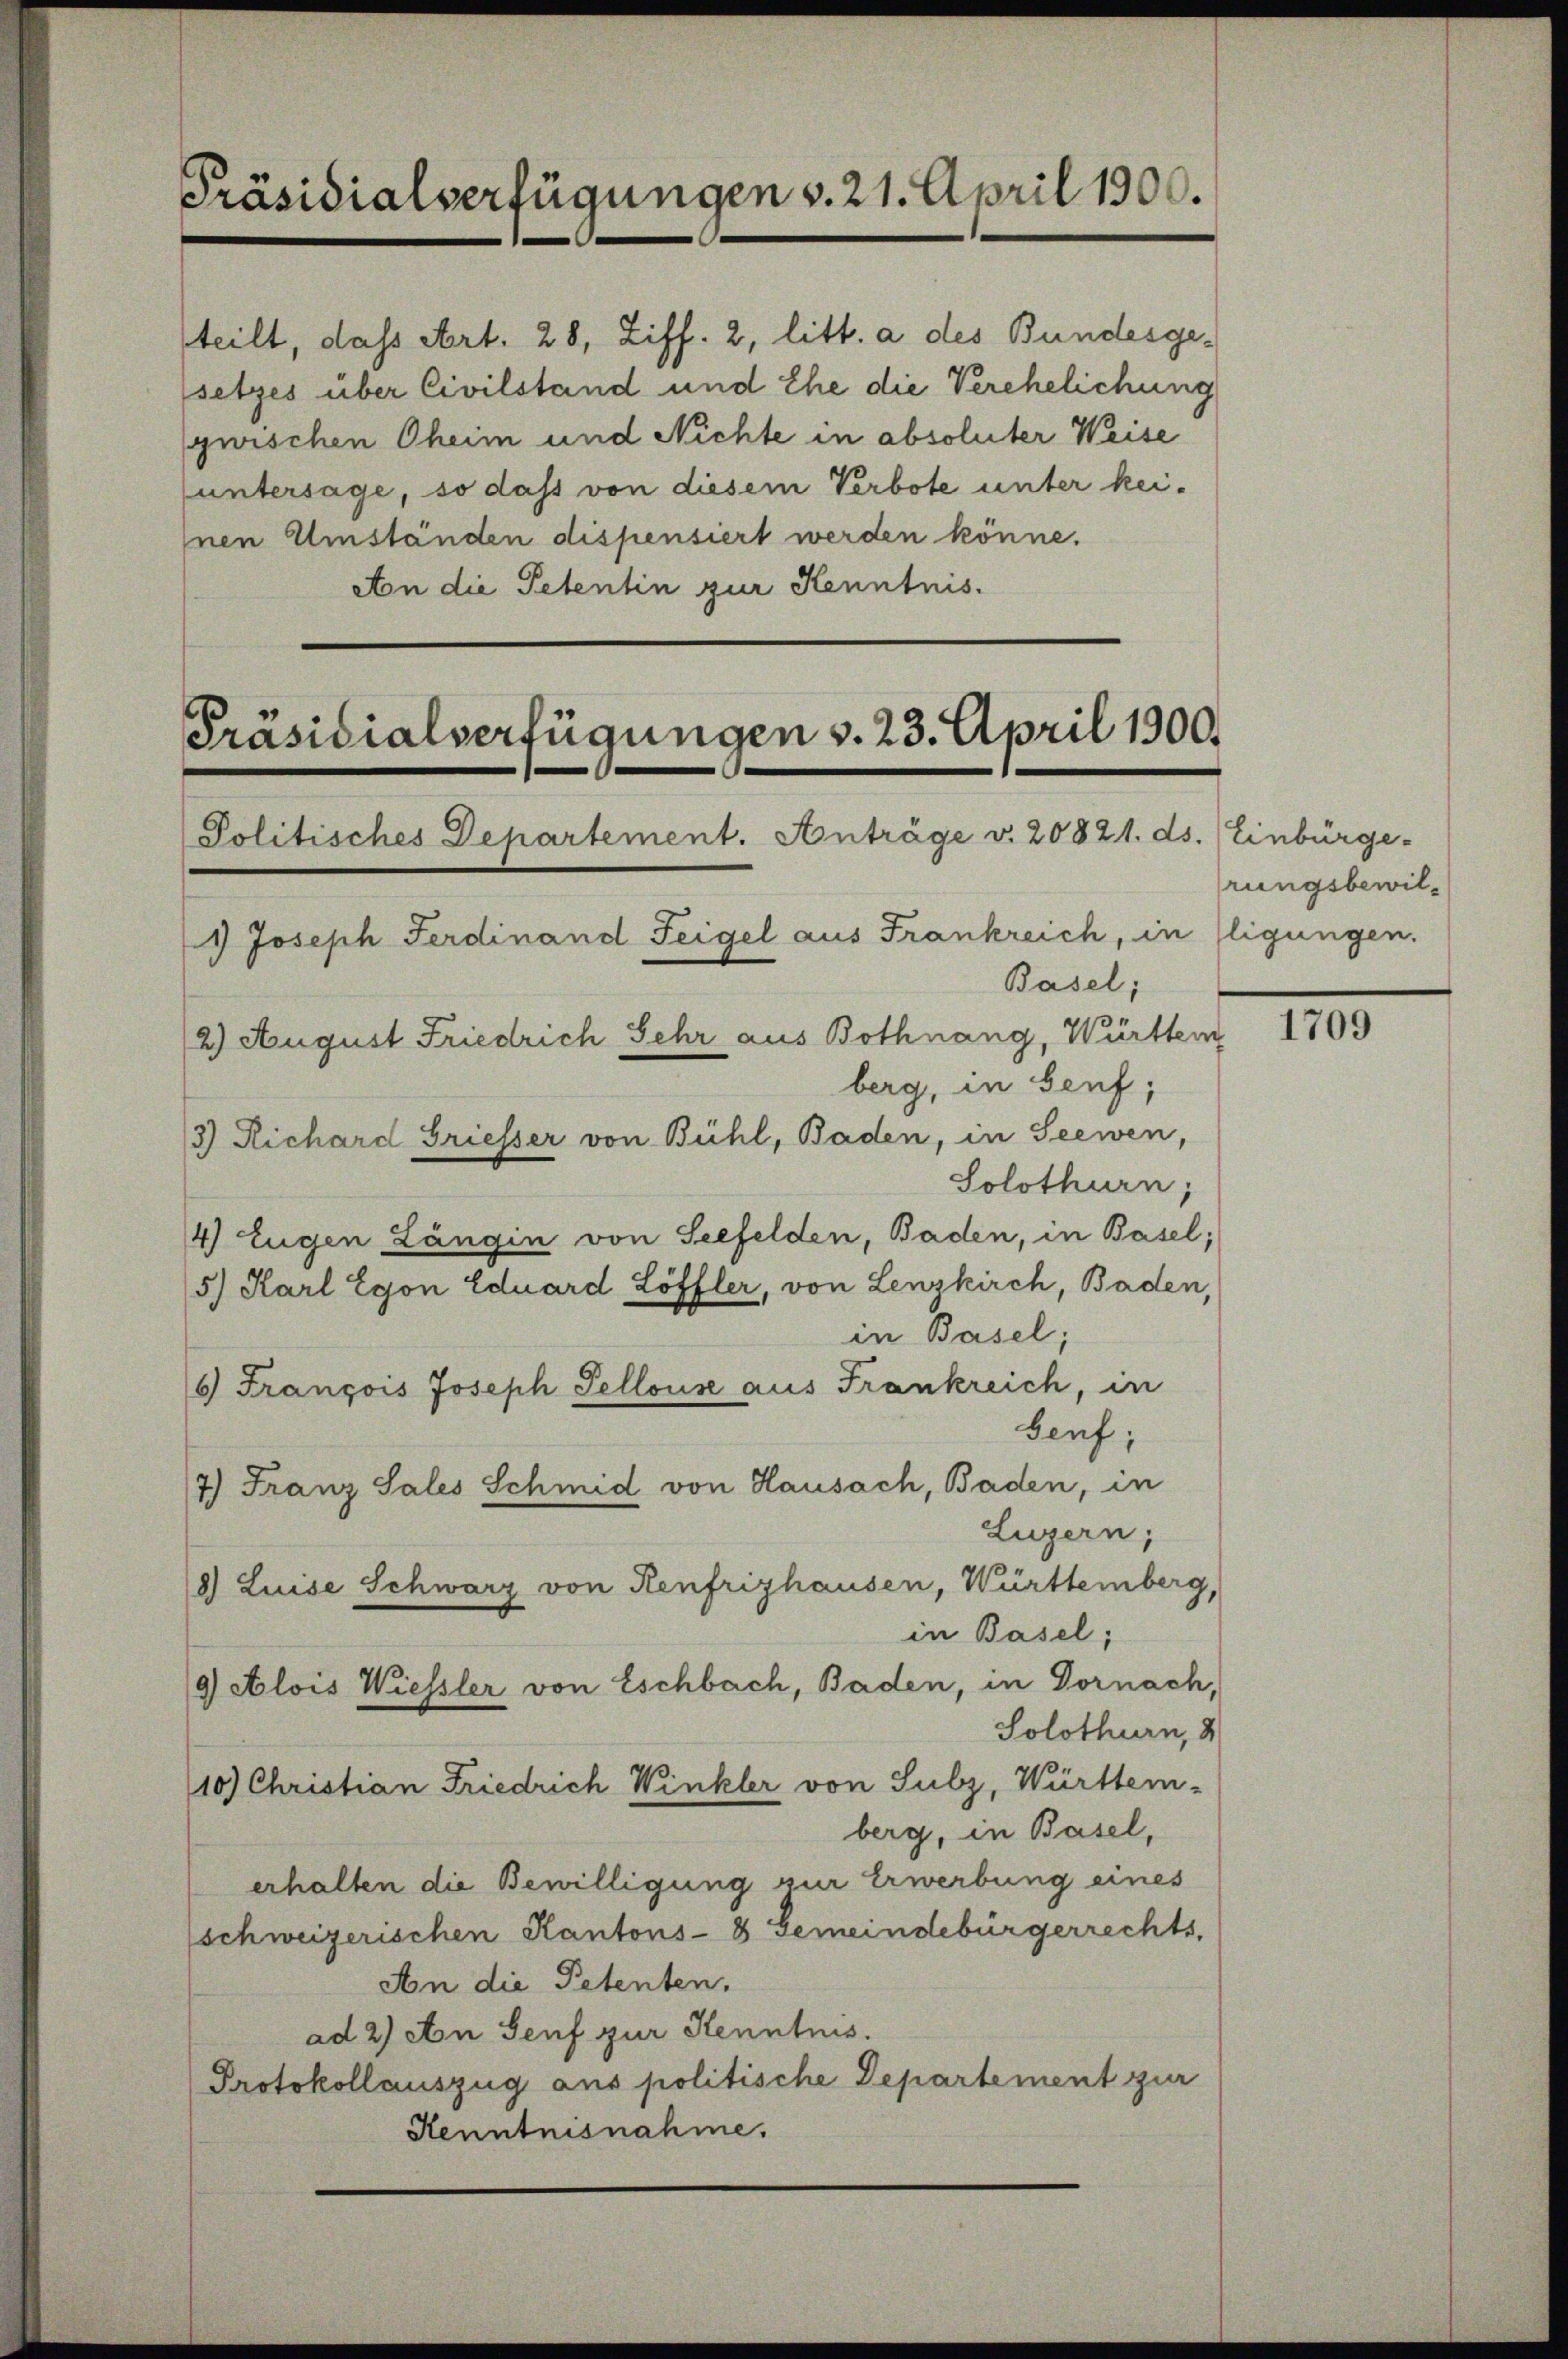
Präsidialverfügungen v. 21. April 1900.

teilt, dass Art. 28, Ziff. 2, litt. a des Bundesgesetzes über Civilstand und Ehe die Verehelichung
gwischen Oheim und Nichte in absoluter Weise
untersage, so dass von diesem Verbote unter keinen Umständen dispensiert werden könne.
Aon die Petentin zur Kenntnis.

Präsidialverfügungen v. 23. April 1900.
Politisches Departement. Anträge v. 20821. ds. Einbürge-
1 Joseph Ferdinand Feigel aus Frankreich, in Eligungen.
Basel;

2) August Friedrich Sehr aus Bothnang, Württem

berg, in Senf,
3) Richard Griesser von Bühl, Baden, in Seewen,
Solothurn,
4) Eugen Längin von Seefelden, Baden, in Basel;
5.) Karl Egon Eduard Löffler, von Lenzkirch, Baden,
in Basel;
6) François Joseph Sellouse aus Frankreich, in
Senf;
7) Franz Sales Schmid von Hausach, Baden, in
Luzern,
8) Luise Schwarz von Kenfrizhausen, Württemberg,
in Basel;
9) Alois Wiessler von Eschbach, Baden, in Dornach,
Solothurn, 3
10) Christian Friedrich Winkler von Subz, Württem-
berg, in Basel,
erhalten die Bewilligung zur Erwerbung eines
schweizerischen Kantons- & Gemeindebürgerrechts,
An die Petenten.
ad 2) An Senf zur Kenntnis.
Protokollauszug aus politische Departement zur
Kenntnisnahme.

rungsbewil¬

1709